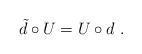
LaTeX: \begin{align*}\tilde{d}\circ U= U\circ d\ .\end{align*}